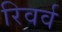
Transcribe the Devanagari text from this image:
रिवर्व